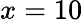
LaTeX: x=10